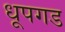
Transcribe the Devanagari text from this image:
धूपगड